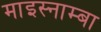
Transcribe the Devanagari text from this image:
माइस्नाम्बा